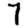
Digit: 7